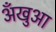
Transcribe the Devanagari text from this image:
अँखुआ